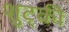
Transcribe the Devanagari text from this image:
शुट्की